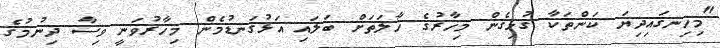
"މިހިނގައިދިޔަ ކަންތަކާ ގުޅިގެން މިހާރުގެ ހާލަތަށް ބަލައި އަޅުގަނޑުމެން މިހާރުވަނީ ވިސާ ދިނުމުގެ